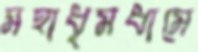
মহাধূমধামে